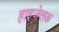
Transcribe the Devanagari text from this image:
हाइजेलक